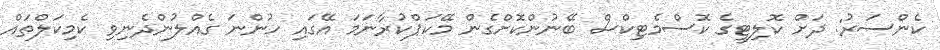
ކެންސަރު: ދަށް ކޮލިޓީގެ ކޮސްމެޓިކްސް ބޭނުންކޮށްގެން މޭކަޕްކުރާނަމަ އޭގައި ހުންނަ ގެއްލުންދެނިވި ކެމިކަލްތައް